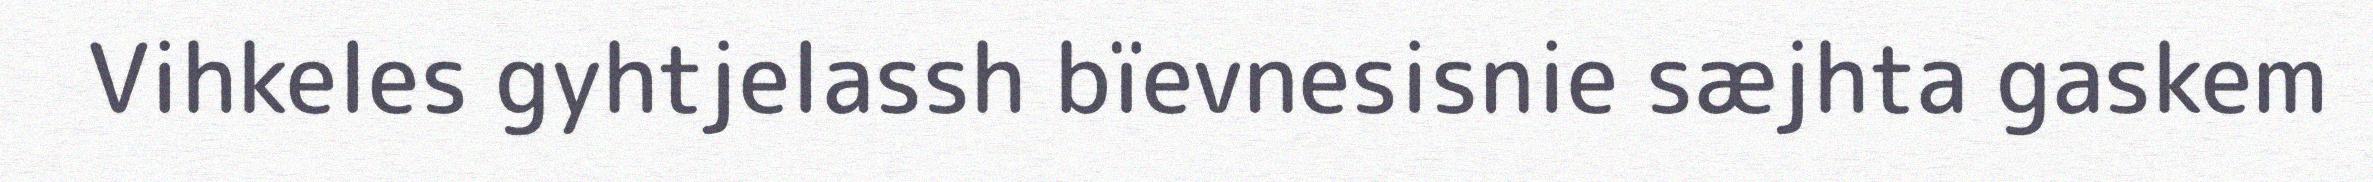
Vihkeles gyhtjelassh bïevnesisnie sæjhta gaskem